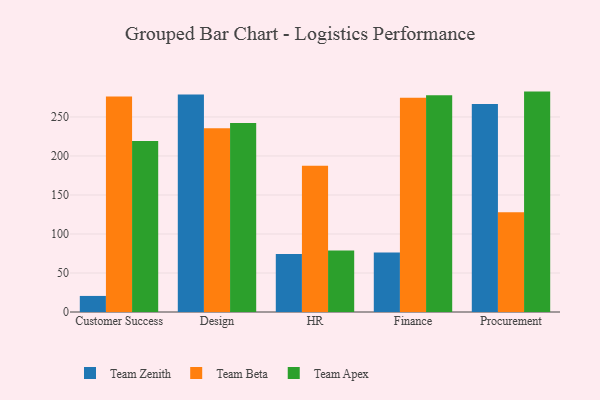
{"axis": {"x": "Department", "y": "Temperature (°C)"}, "legend": ["Team Apex", "Team Beta", "Team Zenith"], "data": [{"x": "Customer Success", "y": 20.6, "type": "Team Zenith"}, {"x": "Customer Success", "y": 276.2, "type": "Team Beta"}, {"x": "Customer Success", "y": 219.3, "type": "Team Apex"}, {"x": "Design", "y": 278.9, "type": "Team Zenith"}, {"x": "Design", "y": 235.5, "type": "Team Beta"}, {"x": "Design", "y": 242.1, "type": "Team Apex"}, {"x": "HR", "y": 74.2, "type": "Team Zenith"}, {"x": "HR", "y": 187.5, "type": "Team Beta"}, {"x": "HR", "y": 78.8, "type": "Team Apex"}, {"x": "Finance", "y": 76.2, "type": "Team Zenith"}, {"x": "Finance", "y": 274.5, "type": "Team Beta"}, {"x": "Finance", "y": 277.8, "type": "Team Apex"}, {"x": "Procurement", "y": 266.5, "type": "Team Zenith"}, {"x": "Procurement", "y": 128.0, "type": "Team Beta"}, {"x": "Procurement", "y": 282.5, "type": "Team Apex"}]}